Leaving Certificate Examination, 1915
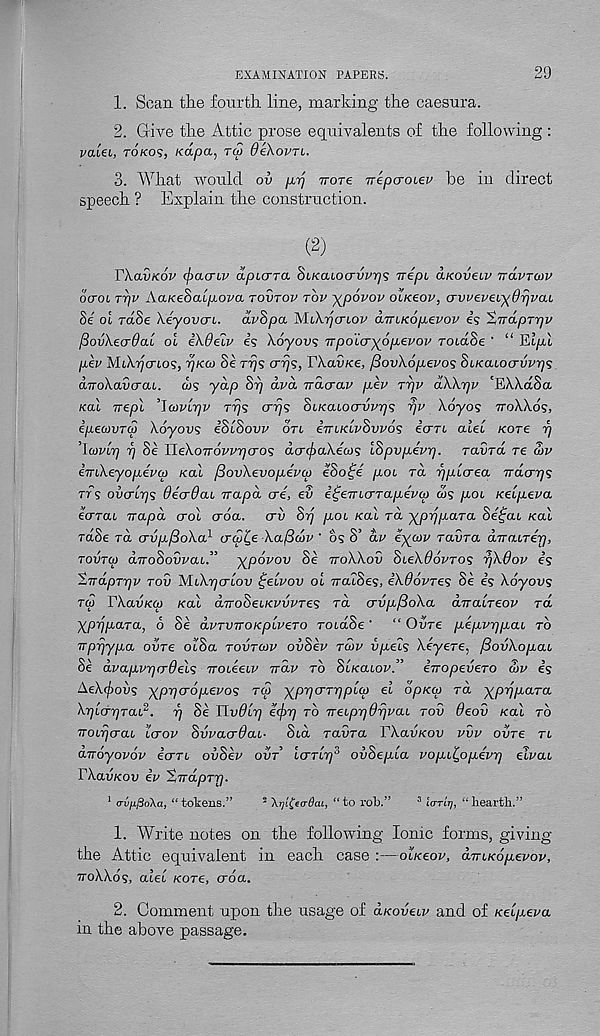
EXAMINATION PAPERS.
29
1. Scan the fourth line, marking the caesura.
2. Give the Attic prose equivalents of the following :
vaiei, tokos, Kapa, tco deXovn.
3. What would ov pyj ttote nepcroiev be in direct
speech ? Explain the construction.
(2)
rA.ohfcoz' (jxxcTLv apLura biKaiouvvy]s irepi aKoveuv irdvrcov
ocroi rr)V AaKeSaipova tovtov top y^povov oiKeov, avveveiydrjvaL
Se oi rdSe Xeyovcn. dvSpa MiArjcrbov amKopevov Is ’ZnapTr)!/
flovXecrdaL oi eXdeiv is Xoyovs TTpoicryop-evov TOidSe ' “ Eipl
pev MiArjcrbos, r)K(i> Se ttjs o"rjs, TXavKe, f3ov\6p.evos SbKcuocrvvyjs
diroXavcrai. ws yap Srj dvd Trauav p,ev ttjv dXXr]v 'EWctSa
Kal Trepl "Jojvlrjv Trjs crrjs SbKaiocrvvrjs pv Xoyos ttoXXos,
ipecovTco Xoyovs iSiSovv otu iTTLKbvSvvos icrTb aiet Kore rj
’iwvbr) rj Se HeXoirovvrjcros dcnfcaXicos ISpvpevrj. ravra re w
iTTbXeyopiva) Kal fiovXevopevco eSo^e pob ra rjpbcrea Trdarjs
Trs ovcrbrjs deadab rrapd ere, ev i^eTTbcrrapevu cos pob Keipeva
ecrrai rrapd crot o _ oa. ail $rj pob Kal ra ypyjpaTa Sefat Kal
rdSe rd crvpfioXa 1 crco^e Xaficov ‘ os S’ dv eycov ravra aTrabTerj,
tovtco obTroSovvab.” ypovov Se ttoXXov Sbekdovros rjXdov is
’IndpTrjv tov MbXrjcrbov ^elvov oi rrabSes, iXdovres Se is Xoyovs
to) rXavKtp Kal aTToSebKvvvTes to. crvp/BoXa duabTeov rd
ypppara, 6 Se dvTVTTOKplveTO rocdSe' “ Ovre pepvrjpab to
Trprjypa oiiTe obSa tovtcov ovSev raw vpels XiyeTe, [SovXopab
Se dvapvrjcrOels TTObiebv irdv to St/catop.” irropeveTO wv is
A.eXcj)ovs ypijcropevos tco yprjcrTrjpbco ei opKco rd yprjpaTa
XtjbcrrjTab 2 . rj Se UvObrj e^yrj to TrebprjOrjvab tov 6eov /cat to
Trobrjcrab icrov Svvairdab- Std Tavra VXavKov vvv ovre Tb
anoyovov icrTb ovSev oiir icrTbr) 3 ouSe/xta vopbl,opevrj etpat
XXavKov e’p %TrdpTrj.
1 (TVfjL^oXa, “ tokens.”
2 \rji£eo-dai, “to rob.”
3 io-TLT), “hearth.”
1. Write notes on the following Ionic forms, giving
the Attic equivalent in each case :—ot/ceop, drrbKopevov,
noXXos, atet /core, croa.
2. Comment upon the usage of d/codetp and of Kelpeva
in the above passage.